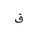
Letter: _qaf